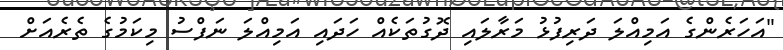
"އަހަރެންގެ އަމިއްލަ ދަރިފުޅު މަރާލައި ދޮގުތަކެއް ހަދައި އަމިއްލަ ނަފްސު މިކަމުގެ ތެރެއަށް